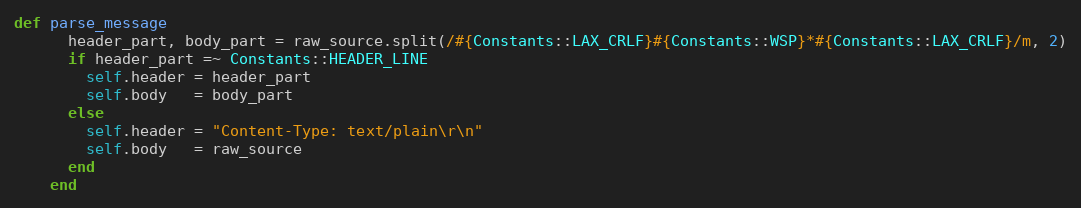
Language: Ruby
def parse_message
      header_part, body_part = raw_source.split(/#{Constants::LAX_CRLF}#{Constants::WSP}*#{Constants::LAX_CRLF}/m, 2)
      if header_part =~ Constants::HEADER_LINE
        self.header = header_part
        self.body   = body_part
      else
        self.header = "Content-Type: text/plain\r\n"
        self.body   = raw_source
      end
    end